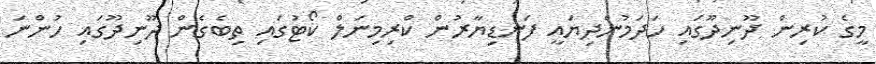
މީގެ ކުރިން ދޫނިދޫގައި ހަދަމުންދިޔައީ ފަނޑިޔާރުން ކްރިމިނަލް ކޯޓުގައި ތިބެގެން ދޫނިދޫގައި ހުންނަ